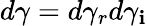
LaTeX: d\gamma=d\gamma_{r}d\gamma_{\mathbf{i}}